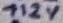
Text: +12V